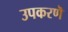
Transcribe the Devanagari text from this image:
उपकरणॆ